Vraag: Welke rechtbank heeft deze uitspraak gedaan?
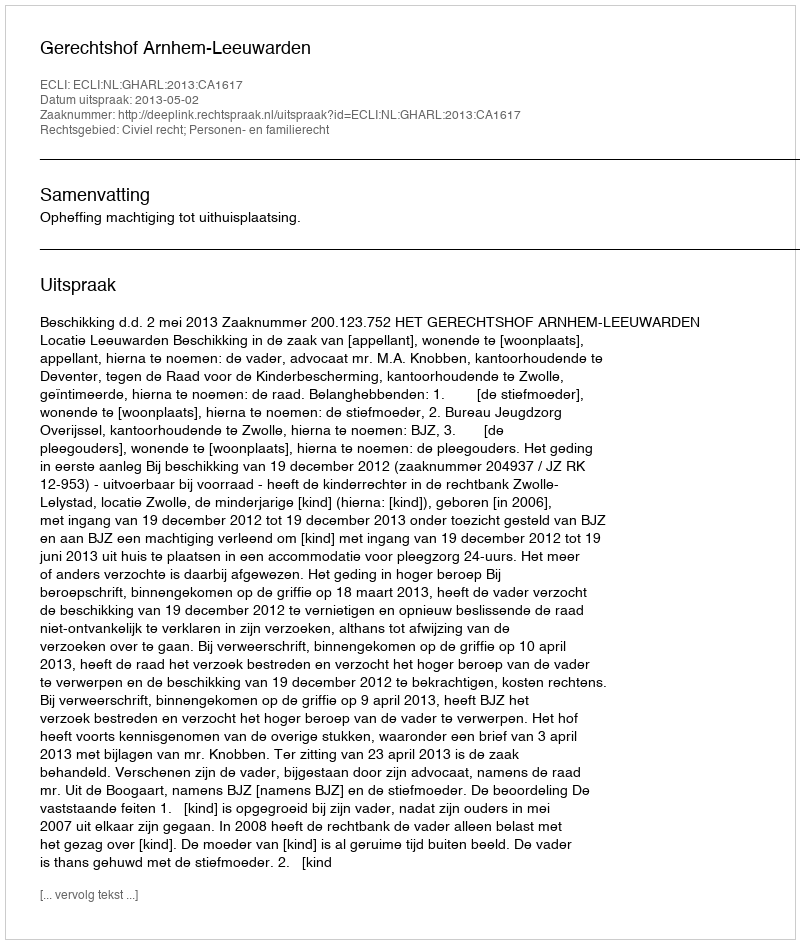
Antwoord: Gerechtshof Arnhem-Leeuwarden